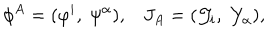
LaTeX: \phi ^ { A } = ( \varphi ^ { i } , \; \psi ^ { \alpha } ) , J _ { A } = ( { \cal J } _ { i } , \; { \cal Y } _ { \alpha } ) , \,